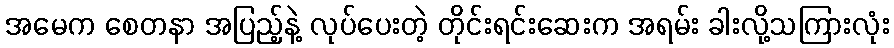
အမေက စေတနာ အပြည့်နဲ့ လုပ်ပေးတဲ့ တိုင်းရင်းဆေးက အရမ်း ခါးလို့သကြားလုံး